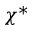
\chi ^ { \ast }